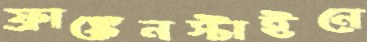
ফ্রাঙ্কেনস্টাইনে